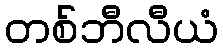
တစ်ဘီလီယံ